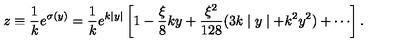
z \equiv \frac { 1 } { k } e ^ { \sigma ( y ) } = \frac { 1 } { k } e ^ { k \mid y \mid } \left[ 1 - \frac { \xi } { 8 } k y + \frac { \xi ^ { 2 } } { 1 2 8 } ( 3 k \mid y \mid + k ^ { 2 } y ^ { 2 } ) + \cdots \right] .